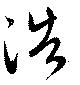
浩